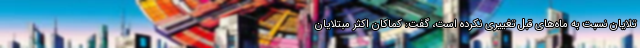
تلایان نسبت به ماه‌های قبل تغییری نکرده است، گفت: کماکان اکثر مبتلایان